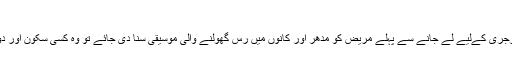
آپریشن سے ڈرنے والے مریضوں کے کام کی خبر
پنسلوانیا (ویب ڈیسک) طبّی ماہرین نے دریافت کیا ہے کہ اگر سرجری کےلیے لے جانے سے پہلے مریض کو مدھر اور کانوں میں رس گھولنے والی موسیقی سنا دی جائے تو وہ کسی سکون آور دوا کی طرح کام کرتے ہوئے اس کا اعصابی تناؤ ختم کردیتی ہے۔